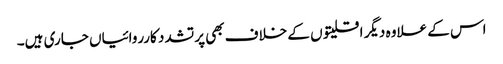
اس کے علاوہ دیگر اقلیتو ں کے خلاف بھی پرتشدد کارروائیاں جاری ہیں۔